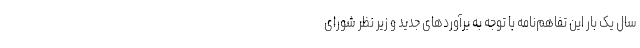
سال یک بار این تفاهم‌نامه با توجه به برآوردهای جدید و زیر نظر شورای